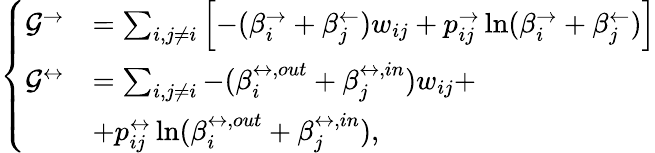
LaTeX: \left\{ \begin{array}{ll}{\mathcal{G}^{\rightarrow}}&{=\sum_{i,j\neq i}\left[-(\beta_{i}^{\rightarrow}+\beta_{j}^{\leftarrow})w_{ij}+p_{ij}^{\rightarrow}\ln(\beta_{i}^{\rightarrow}+\beta_{j}^{\leftarrow})\right]}\\ {\mathcal{G}^{\leftrightarrow}}&{=\sum_{i,j\neq i}-(\beta_{i}^{\leftrightarrow,out}+\beta_{j}^{\leftrightarrow,in})w_{ij}+}\\ &{+p_{ij}^{\leftrightarrow}\ln(\beta_{i}^{\leftrightarrow,out}+\beta_{j}^{\leftrightarrow,in}),}\end{array}\right.